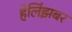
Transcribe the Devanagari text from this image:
हेलिंझबर